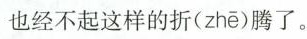
也经不起这样的折( zhē )腾了。